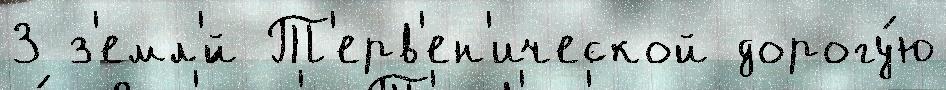
3 з'емл'́й Т'ерв'ен'ической дорогу́ю